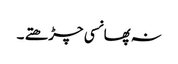
نہ پھانسی چڑھتے ۔